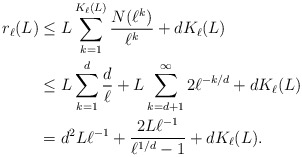
\begin{align*}r_\ell(L)&\le L\sum\limits_{k=1}^{K_\ell(L)}\frac{N(\ell^k)}{\ell^k}+dK_\ell(L)\\&\le L\sum\limits_{k=1}^{d}\frac{d}{\ell}+L\sum\limits_{k=d+1}^{\infty}2\ell^{-k/d}+dK_\ell(L)\\&=d^2L\ell^{-1}+\frac{2L\ell^{-1}}{\ell^{1/d}-1}+dK_\ell(L).\end{align*}